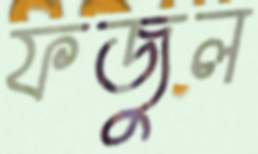
ফজুল